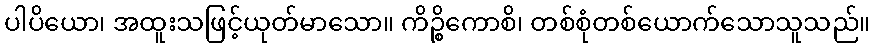
ပါပိယော၊ အထူးသဖြင့်ယုတ်မာသော။ ကိဉ္စိကောစိ၊ တစ်စုံတစ်ယောက်သောသူသည်။